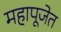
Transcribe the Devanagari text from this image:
महापूजेत